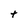
Character: t